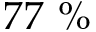
7 7 \ \%